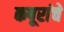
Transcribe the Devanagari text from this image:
कपूरांचे